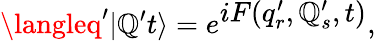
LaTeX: \langleq^{\prime}|\mathbb{Q}^{\prime}t\rangle=e^{\textstyle{iF(q_{r}^{\prime},\mathbb{Q}_{s}^{\prime},t)}},